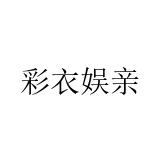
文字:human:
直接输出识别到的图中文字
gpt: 彩衣娱亲